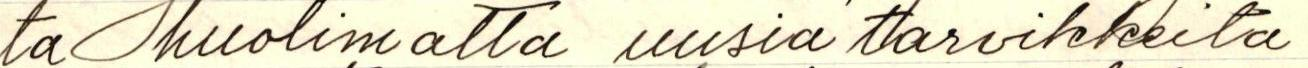
ta huolimatta uusia tarvikkeita